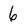
Character: 6